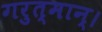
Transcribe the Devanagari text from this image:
गरुत्मान्।